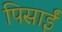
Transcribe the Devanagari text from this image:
पिसाईं